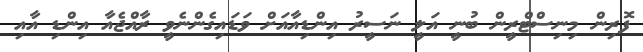
ފޮރިން މިނިސްޓްރީން ބުނީ އަލީ ނަސީރު އިންޑިއާއަށް ވަޑައިގެންނެވީ ރާއްޖެއާ އިންޑި އާއި